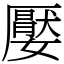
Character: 嬮